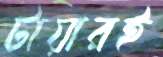
টায়ারই